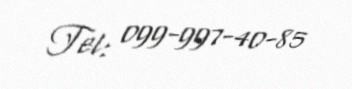
Tel: 099-997-40-85